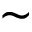
\sim